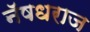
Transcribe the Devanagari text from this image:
नॅषधराज